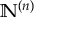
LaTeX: \mathbb { N } ^ { ( n ) }